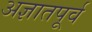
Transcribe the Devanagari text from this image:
अज्ञातपूर्व